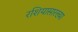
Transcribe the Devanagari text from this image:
रशियासारख्या